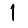
Digit: 1